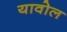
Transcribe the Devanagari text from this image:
यावोल